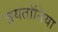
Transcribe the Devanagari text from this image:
ज़यतोनिया